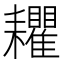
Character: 𦔬